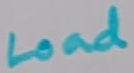
Text: Load